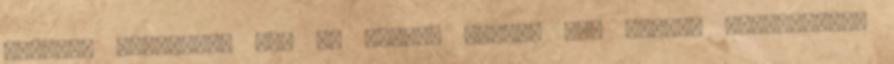
gyorsan ötgólosra nő. Az utolsó percek már magyar örömjátékot